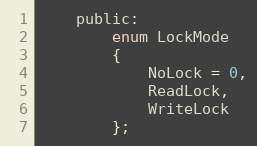
Language: C
    public:
        enum LockMode
        {
            NoLock = 0,
            ReadLock,
            WriteLock
        };